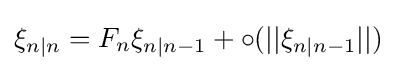
\xi _{n|n}=F_{n}\xi _{n|n-1}+\circ (||\xi _{n|n-1}||)